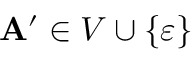
\mathbf { A } ^ { \prime } \in V \cup \{ \varepsilon \}